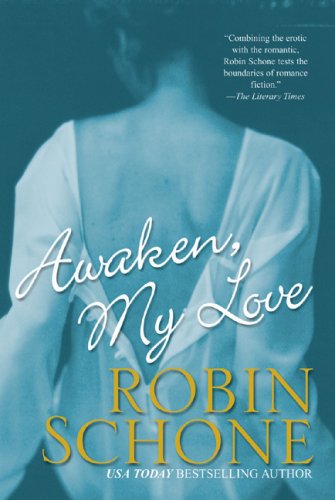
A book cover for Awaken, My Love (Brava Historical Romance); Robin Schone; Romance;